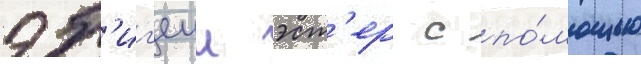
эб'иг'еил эст'ер с по́мощью